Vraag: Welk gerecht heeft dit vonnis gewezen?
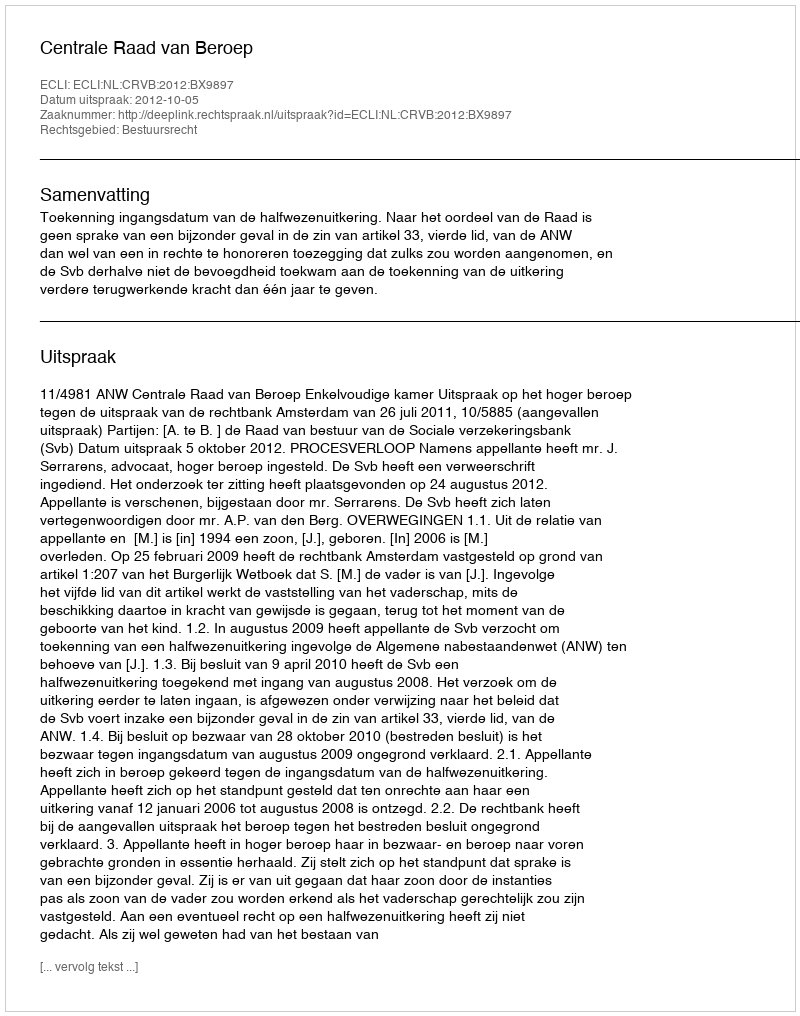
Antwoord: Centrale Raad van Beroep